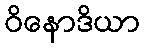
ဝိနောဒိယာ